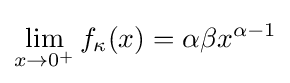
\lim _{x\to 0^{+}}f_{\kappa }(x)=\alpha \beta x^{\alpha -1}